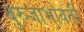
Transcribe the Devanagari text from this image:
बुरुजाभोवती